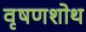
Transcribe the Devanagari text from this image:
वृषणशोथ